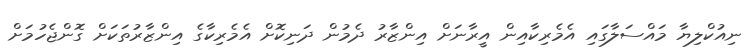
ނިއުކްލިޔާ މައްސަލާގައި އެމެރިކާއިން އީރާނަށް އިންޒާރު ދެމުން ދަނިކޮށް އެމެރިކާގެ އިންޒާރުތަކަށް ގޮންޖެހުމަށް